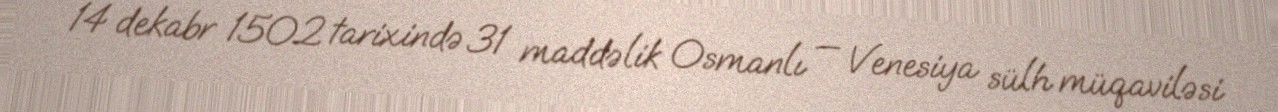
14 dekabr 1502 tarixində 31 maddəlik Osmanlı — Venesiya sülh müqaviləsi